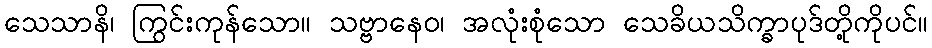
သေသာနိ၊ ကြွင်းကုန်သော။ သဗ္ဗာနေဝ၊ အလုံးစုံသော သေခိယသိက္ခာပုဒ်တို့ကိုပင်။